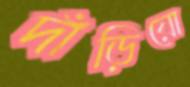
দাঁড়িয়ো